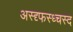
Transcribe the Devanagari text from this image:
अस्द्द्फस्ध्चस्द